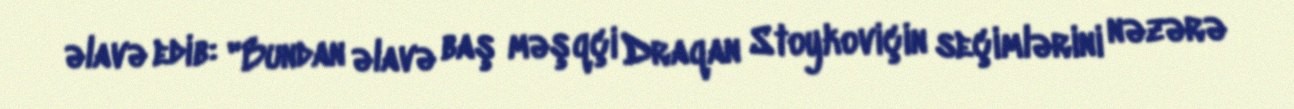
əlavə edib: "Bundan əlavə baş məşqçi Draqan Stoykoviçin seçimlərini nəzərə